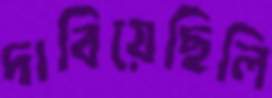
দাবিয়েছিলি